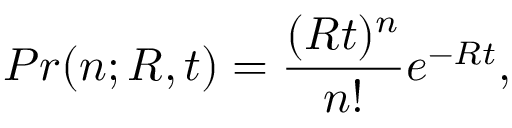
P r ( n ; R , t ) = \frac { ( R t ) ^ { n } } { n ! } e ^ { - R t } ,